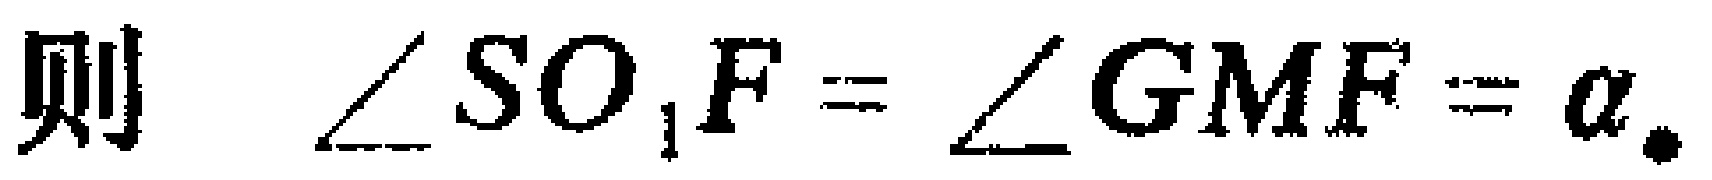
则 $\angle SO_{1}F = \angle GMF = \alpha.$